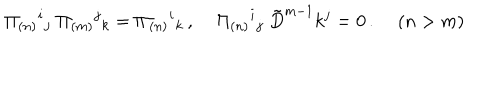
\Pi _ { ( n ) } { } ^ { i } { } _ { j } \; \Pi _ { ( m ) } { } ^ { j } { } _ { k } = \Pi _ { ( n ) } { } ^ { i } { } _ { k } \, , \; \Pi _ { ( n ) } { } ^ { i } { } _ { j } \; \tilde { D } ^ { m - 1 } k ^ { j } = 0 \, . \; ( n > m )